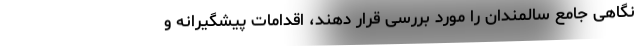
نگاهی جامع سالمندان را مورد بررسی قرار دهند، اقدامات پیشگیرانه و